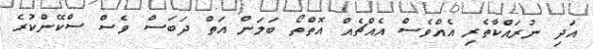
އަދި ނުރައްކާތެރި އެއްވެސް އެއްޗެއް އޮތްތޯ ބަލަން އަތް ދަބަސް ވެސް ސްކޭންކުރެ